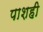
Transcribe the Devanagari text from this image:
पाशही